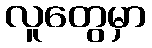
လူတွေမှာ